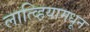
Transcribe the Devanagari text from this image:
लात्व्हियामधून